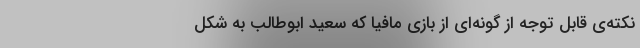
نکته‌ی قابل توجه از گونه‌ای از بازی مافیا که سعید ابوطالب به شکل